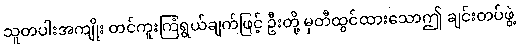
သူတပါးအကျိုး တင်ကူးကြံရွယ်ချက်ဖြင့် ဦးတို့ မှတီထွင်ထားသောဤ ချင်းတပ်ဖွဲ့